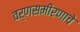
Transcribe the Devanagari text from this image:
वर्णसमीरणाचे